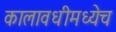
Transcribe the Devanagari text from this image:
कालावधीमध्येच